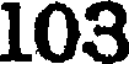
103